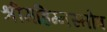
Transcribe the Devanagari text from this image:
श्रीमहिम्नस्तोत्र